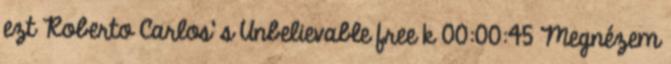
ezt Roberto Carlos' s Unbelievable free k 00:00:45 Megnézem